Civil Veterinary Department. Madras. Admin. report 1910-25 - 1910-1925
Year: 1910
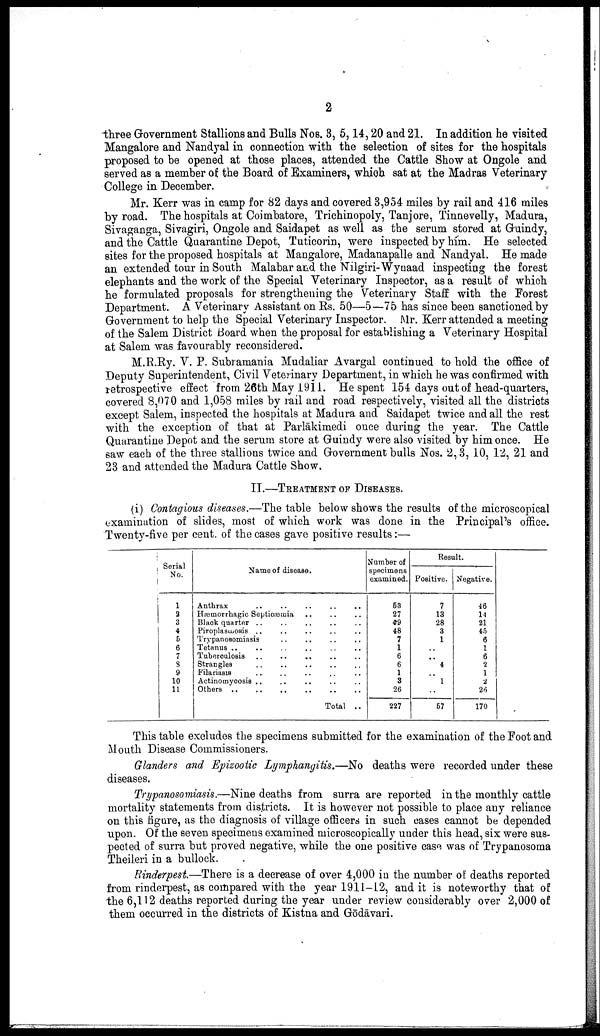
2
three Government Stallions and Bulls NOS. 3, 5,14,20 and 21. In addition he visited
Mangalore and Nandyal in connection with the selection of sites for the hospitals
proposed to be opened at those places, attended the Cattle Show at Ongole and
served as a member of the Board of Examiners, which sat at the Madras Veterinary
College in December.
Mr. Kerr was in camp for 82 days and covered 3,954 miles by rail and 416 miles
by road. The hospitals at Coimbatore, Trichinopoly, Tanjore, Tinnevelly, Madura,
Sivaganga, Sivagiri, Ongole and Saidapet as well as the serum stored at Guindy,
and the Cattle Quarantine Depot, Tuticorin, were inspected by him. He selected
sites for the proposed hospitals at Mangalore, Madanapalle and Nandyal. He made
an extended tour in South Malabar and the Nilgiri-Wynaad inspecting the forest
elephants and the work of the Special Veterinary Inspector, as a result of which
he formulated proposals for strengthening the Veterinary Staff with the Forest
Department. A Veterinary Assistant on Rs. 50—5—75 has since been sanctioned by
Government to help the Special Veterinary Inspector. Mr. Kerr attended a meeting
of the Salem District Board when the proposal for establishing a Veterinary Hospital
at Salem was favourably reconsidered.
M.R.Ry. V. P. Subramania Mudaliar Avargal continued to hold the office of
Deputy Superintendent, Civil Veterinary Department, in which he was confirmed with
retrospective effect from 26th May 1911. He spent 154 days out of head-quarters,
covered 8,070 and 1,058 miles by rail and road respectively, visited all the districts
except Salem, inspected the hospitals at Madura and Saidapet twice and all the rest
with the exception of that at Parlākimedi once during the year. The Cattle
Quarantine Depot and the serum store at Guindy were also visited by him once. He
saw each of the three stallions twice and Government bulls Nos. 2,3, 10, 12, 21 and
23 and attended the Madura Cattle Show.
II.—TREATMENT OF DISEASES.
(i) Contagious diseases.—The table below shows the results of the microscopical
examination of slides, most of which work was done in the Principal's office.
Twenty-five per cent, of the cases gave positive results:—
Serial
No.
1
2
3
4
5
6
7
8
9
10
11
Name of disease.
Anthrax
Hæmorrhagic Septioæmia
Black quarter ..
Piroplasmosis
Trypanosomiasis
Tetanus ..
Tuberoulosis
..
..
..
Strangles
Filariasis
Actinomycosis ..
Others
..
..
..
..
..
..
..
..
..
..
..
..
..
..
..
..
..
..
..
..
..
..
Total..
Number of
specimens
examined.
53
27
49
48
7
1
6
6
1
3
26
227
Result.
Positive.
7
13
28
3
1
..
..
4
..
1
..
57
Negative.
46
14
21
45
6
1
6
2
1
2
26
170
This table excludes the specimens submitted for the examination of the Foot and
Mouth Disease Commissioners.
Glanders and Epizootic Lymphangitis.—No deaths were recorded under these
diseases.
Trypanosomiasis.—Nine deaths from surra are reported in the monthly cattle
mortality statements from districts. It is however not possible to place any reliance
on this figure, as the diagnosis of village officers in such cases cannot be depended
upon. Of the seven specimens examined microscopically under this head, six were sus
pected of surra but proved negative, while the one positive case was of Trypanosoma
Theileri in a bullock.
Rinderpest.—There is a decrease of over 4,000 in the number of: deaths reported
from rinderpest, as compared with the year 1911-12, and it is noteworthy that of
the 6,112 deaths reported during the year under review considerably over 2,000 of
them occurred in the districts of Kistna and Gōdāvari.